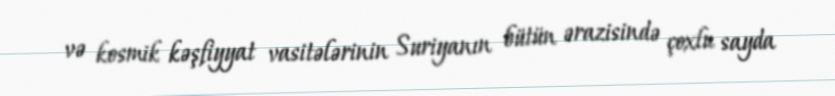
və kosmik kəşfiyyat vasitələrinin Suriyanın bütün ərazisində çoxlu sayda